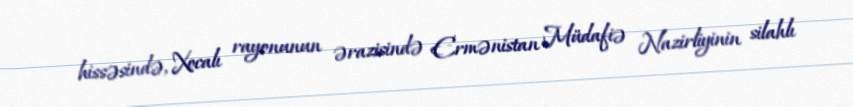
hissəsində, Xocalı rayonunun ərazisində Ermənistan Müdafiə Nazirliyinin silahlı